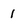
Character: 1